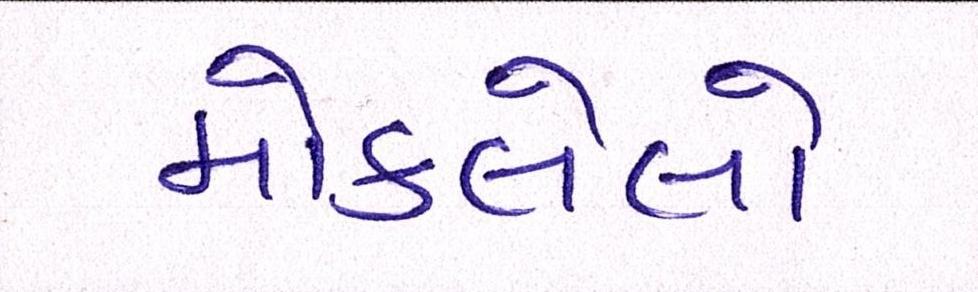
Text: મોકલેલો